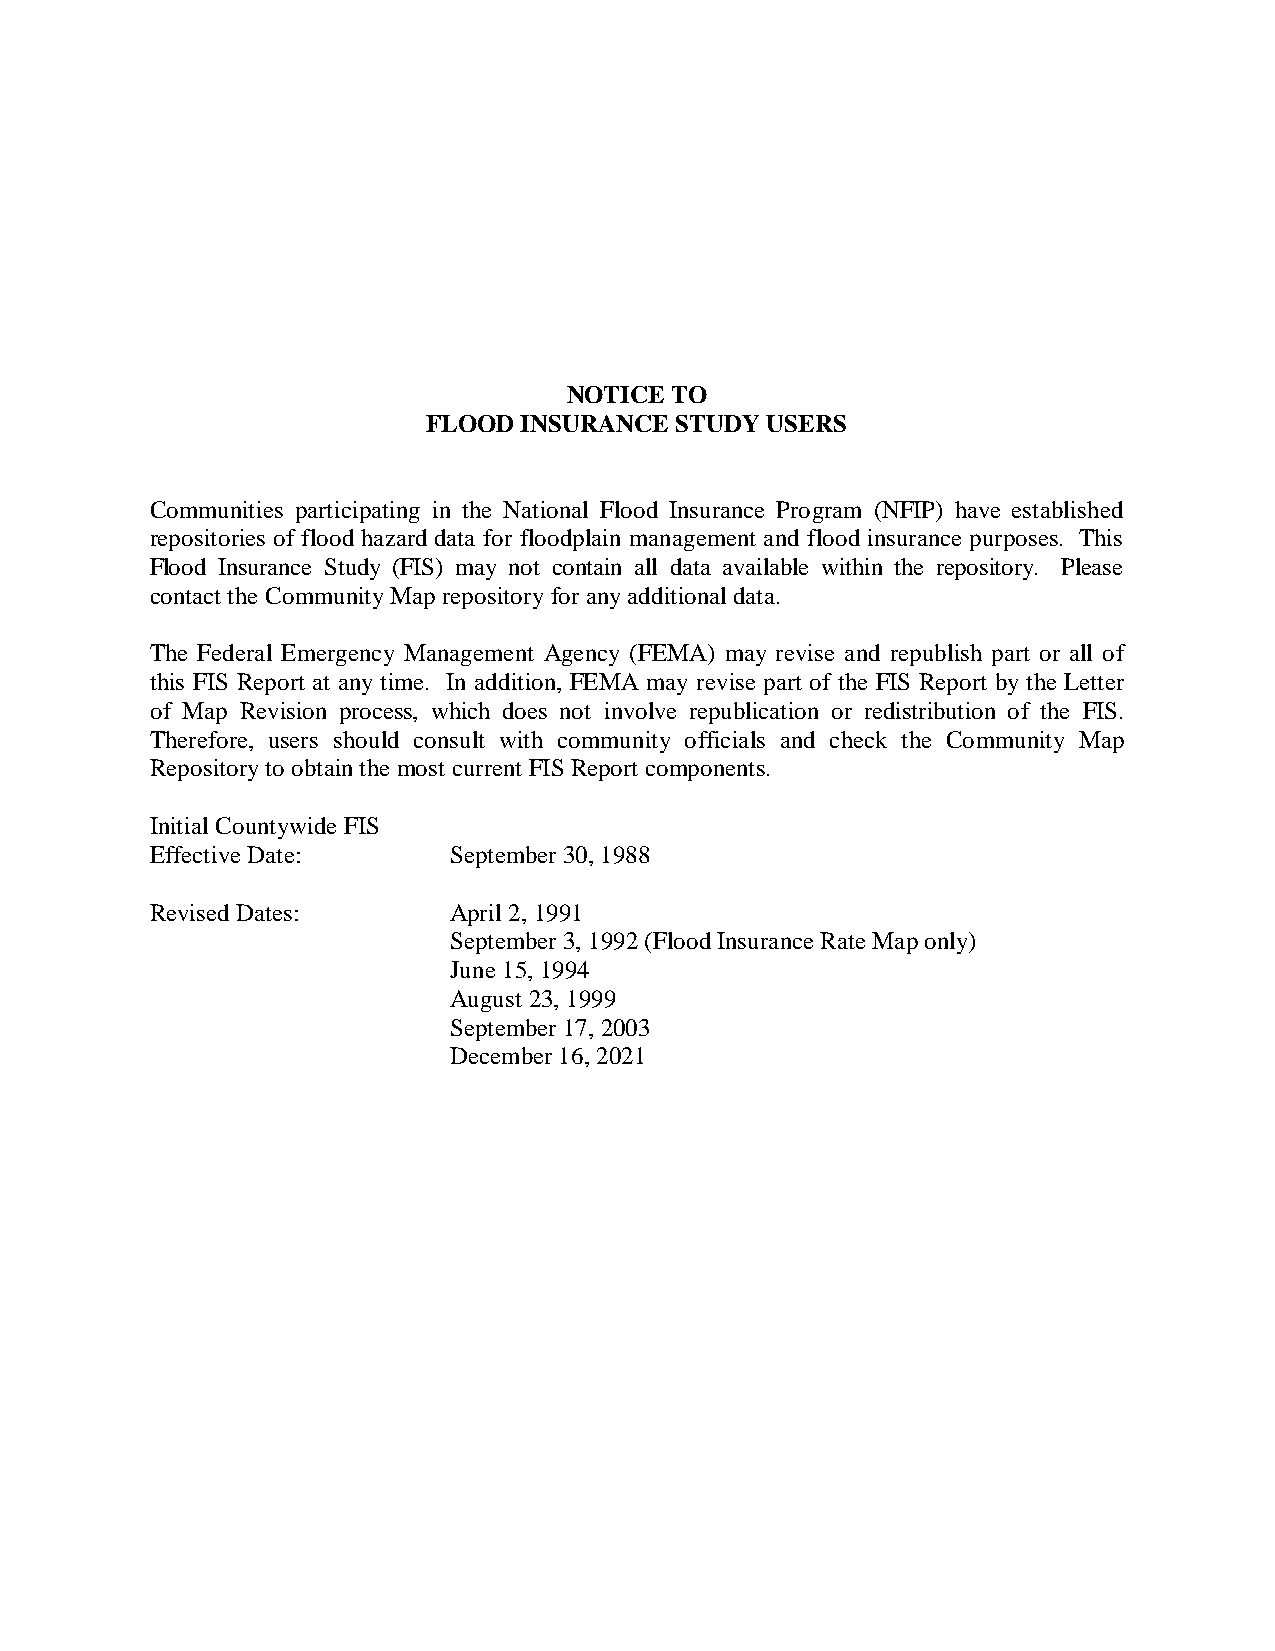
NOTICE TO
 FLOOD  INSURANCE STUDY USERS
 Communities participating in the National Flood Insurance Program (NFIP) have established
 repositories of flood hazard data for floodplain management and flood insurance purposes. This
 Flood Insurance Study (FIS) may not contain all data available within the repository. Please
 contact the Community Map repository for any additional data.
 The Federal Emergency Management Agency (FEMA) may revise and republish part or all of
 this FIS Report at any time. In addition, FEMA may revise part of the FIS Report by the Letter
 of Map Revision process, which does not involve republication or redistribution of the FIS.
 Therefore, users should consult with community officials and check the Community Map
 Repository to obtain the most current FIS Report components.
 Initial Countywide FIS
 Effective Date:     September 30, 1988
 Revised Dates:      April 2, 1991
 September 3, 1992 (Flood Insurance Rate Map only)
 June 15, 1994
 August 23, 1999
 September 17, 2003
 December 16, 2021